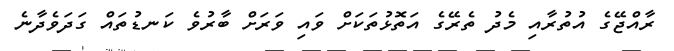
ރާއްޖޭގެ އުތުރާއި މެދު ތެރޭގެ އަތޮޅުތަކަށް ވައި ވަރަށް ބާރުވެ ކަނޑުތައް ގަދަވެދާނެ